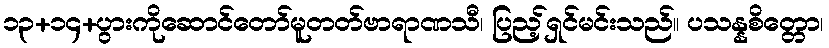
၁၃+၁၄+ပွားကိုဆောင်တော်မူတတ်ဗာရာဏသီ၊ ပြည့်ရှင်မင်းသည်။ ပသန္နစိတ္တော၊